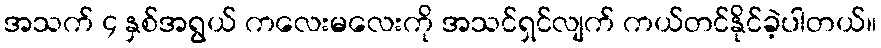
အသက် ၄ နှစ်အရွယ် ကလေးမလေးကို အသင်ရှင်လျက် ကယ်တင်နိုင်ခဲ့ပါတယ်။